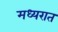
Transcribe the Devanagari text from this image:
मध्यरात